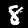
Label: 8